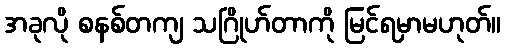
အခုလို စနစ်တကျ သဂြိုဟ်တာကို မြင်ရမှာမဟုတ်။